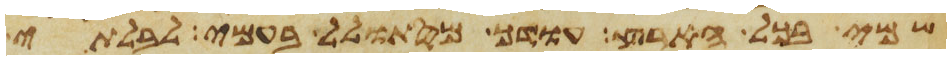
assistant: שמי בכל הארץ עודך מסתולל בעמי לבלתי